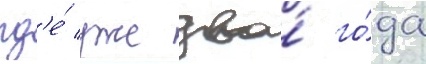
гд'е́ уже два́ го́да